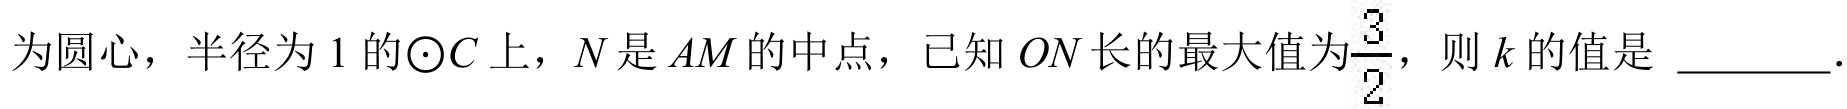
为圆心，半径为\(1\)的\(\odot C\)上，\(N\)是\(AM\)的中点，已知\(ON\)长的最大值为\(\dfrac{3}{2}\)，则\(k\)的值是 \_\_\_\_\_．